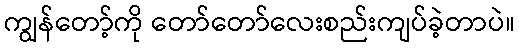
ကျွန်တော့်ကို တော်တော်လေးစည်းကျပ်ခဲ့တာပဲ။